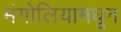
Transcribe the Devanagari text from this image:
मंगोलियामधून